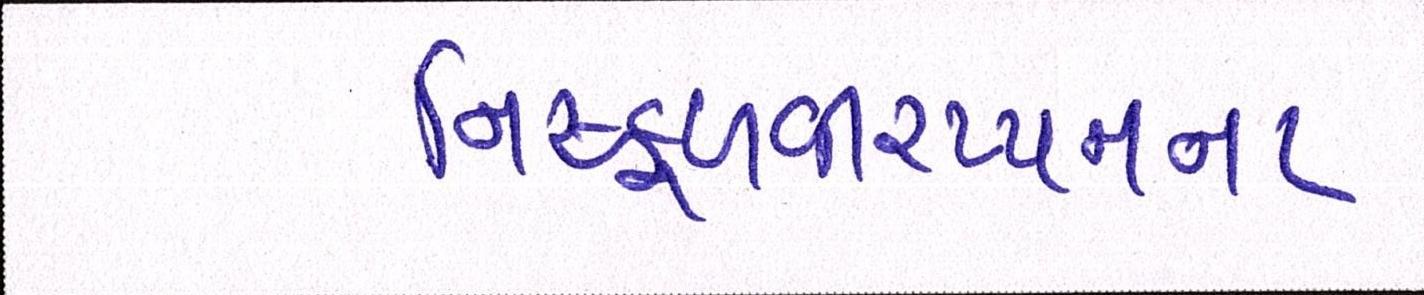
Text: નિષ્ફળવીરપ્પનના